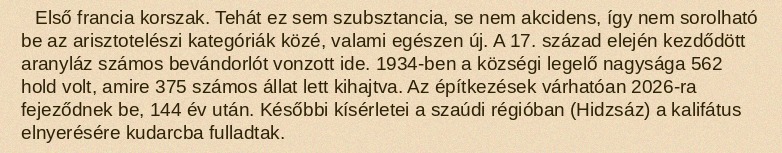
Első francia korszak. Tehát ez sem szubsztancia, se nem akcidens, így nem sorolható be az arisztotelészi kategóriák közé, valami egészen új. A 17. század elején kezdődött aranyláz számos bevándorlót vonzott ide. 1934-ben a községi legelő nagysága 562 hold volt, amire 375 számos állat lett kihajtva. Az építkezések várhatóan 2026-ra fejeződnek be, 144 év után. Későbbi kísérletei a szaúdi régióban (Hidzsáz) a kalifátus elnyerésére kudarcba fulladtak.